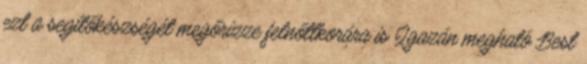
ezt a segítőkészségét megőrizze felnőttkorára is Igazán megható Best